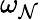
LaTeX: \omega_{\mathcal{N}}